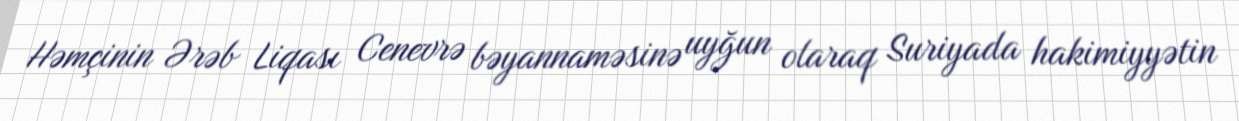
Həmçinin Ərəb Liqası Cenevrə bəyannaməsinə uyğun olaraq Suriyada hakimiyyətin